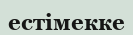
естімекке